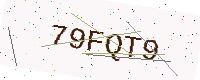
Text: 79FQT9